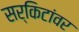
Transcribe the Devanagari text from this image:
सर्किटांवर